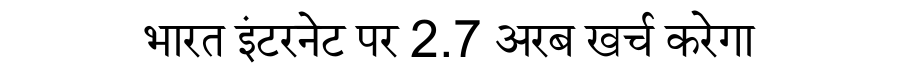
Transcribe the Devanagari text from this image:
भारत इंटरनेट पर 2.7 अरब खर्च करेगा